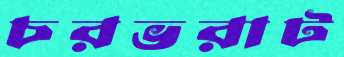
চরভরাট